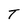
Character: T